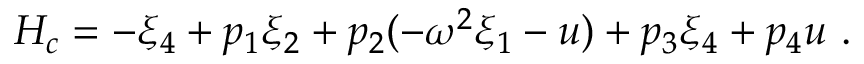
\begin{array} { r } { H _ { c } = - \xi _ { 4 } + p _ { 1 } \xi _ { 2 } + p _ { 2 } ( - \omega ^ { 2 } \xi _ { 1 } - u ) + p _ { 3 } \xi _ { 4 } + p _ { 4 } u ~ . } \end{array}